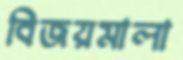
বিজয়মালা